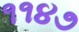
૧૧૪૭